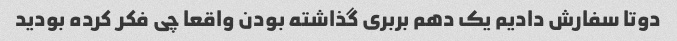
دوتا سفارش دادیم یک دهم بربری گذاشته بودن واقعا چی فکر کرده بودید